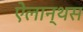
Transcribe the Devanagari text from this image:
ऐलान्थस